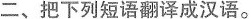
二、把下列短语翻译成汉语。